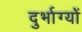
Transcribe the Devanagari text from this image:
दुर्भाग्यों